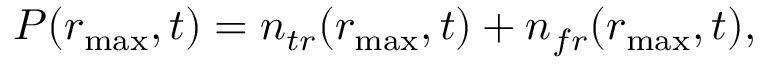
P ( r _ { \operatorname* { m a x } } , t ) = n _ { t r } ( r _ { \operatorname* { m a x } } , t ) + n _ { f r } ( r _ { \operatorname* { m a x } } , t ) ,